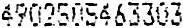
4902505463303